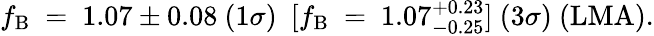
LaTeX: f_{\mathrm{B}}~=~1.07\pm 0.08~({1\sigma})~~[f_{\mathrm{B}}~=~1.07_{-0.25}^{+0.23}]~({3\sigma})~(\mathrm{LMA}).